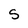
Character: 5